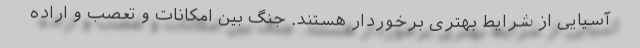
آسیایی از شرایط بهتری برخوردار هستند. جنگ بین امکانات و تعصب و اراده